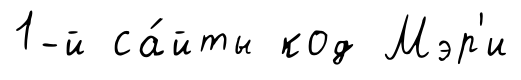
1-й са́йты код Мэр'и